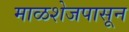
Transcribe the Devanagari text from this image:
माळशेजपासून